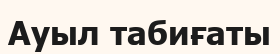
Ауыл табиғаты